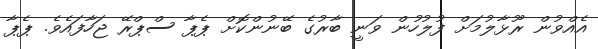
އެއްވުން ރޫޅާލުމަށް ފުލުހުން ވަނީ ބާރުގެ ބޭނުންކޮށް ޕެޕާ ސްޕްރޭ ޖަހާފައެވެ. ޕެޕާ